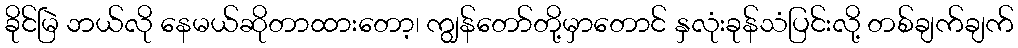
ခိုင်မြဲ ဘယ်လို နေမယ်ဆိုတာထားတော့၊ ကျွန်တော်တို့မှာတောင် နှလုံးခုန်သံပြင်းလို့ တစ်ချက်ချက်